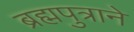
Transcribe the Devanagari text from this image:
ब्रह्मपुत्राने